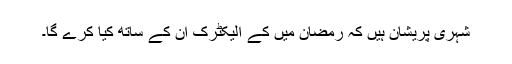
شہری پریشان ہیں کہ رمضان میں کے الیکٹرک ان کے ساتھ کیا کرے گا۔